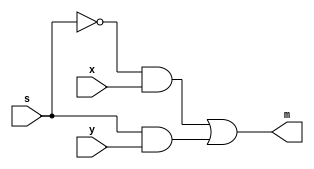
module mux_2_1_1_bit(
	input x,
	input y,
	input s,
	output m
);

	assign m = (~s & x) | (s & y);


endmodule